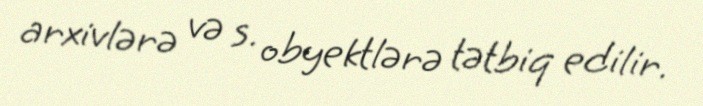
arxivlərə və s. obyektlərə tətbiq edilir.